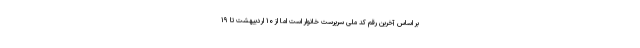
بر اساس آخرین رقم کد ملی سرپرست خانوار است اما از ۱۰ اردیبهشت تا ۱۹